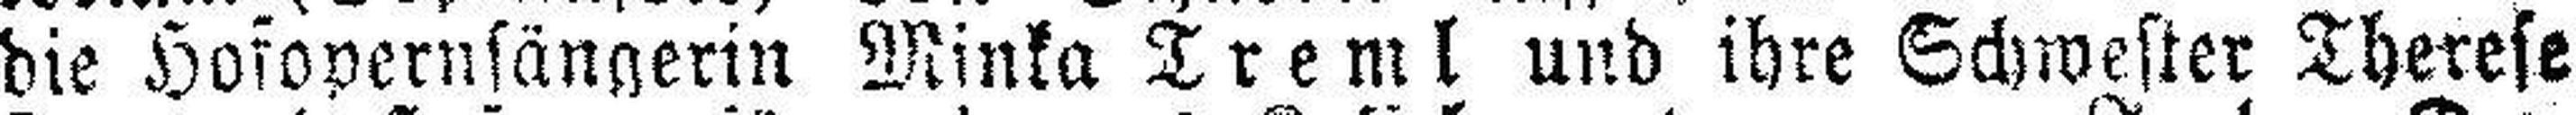
die Hofopernsängerin Minka Treml und ihre Schwester Therese